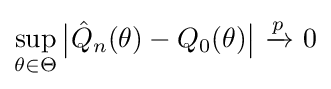
\sup _{\theta \in \Theta }{\big |}{\hat {Q}}_{n}(\theta )-Q_{0}(\theta ){\big |}\ {\xrightarrow {p}}\ 0